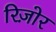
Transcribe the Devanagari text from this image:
रिज़ोर